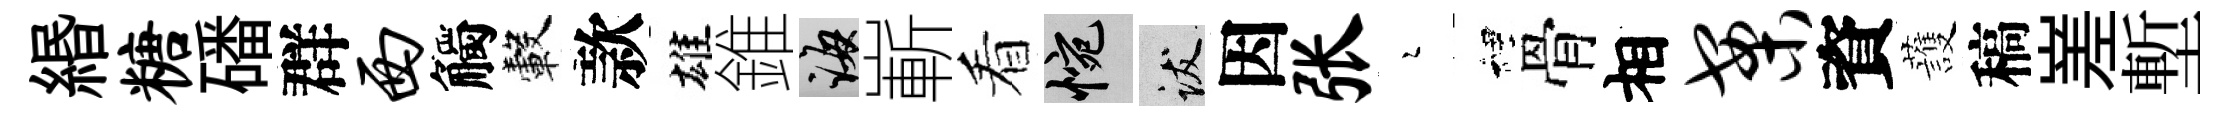
緡糖磻群西觸轂款雄錐誨嶄看惋跋因张瑟裡骨相案資䕶稿嵳塹